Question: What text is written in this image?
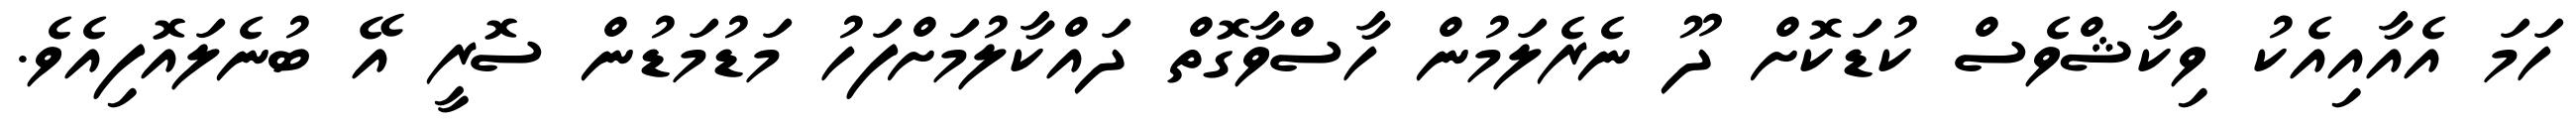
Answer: ހަމަ އެއާއިއެކު ވިކާޝްވެސް ކުޑަކޮށް ދޫ ނެރެލަމުން ހާސްވާގޮތް ދައްކާލުމަށްފަހު މަޑުމަޑުން ސޮރީ އޭ ބުނެލައޮފިއެވެ.